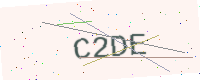
Text: C2DE